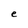
Character: e